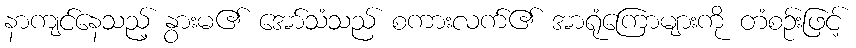
နာကျင်နေသည့် နွားမ၏ အော်သံသည် စကားလက်၏ အာရုံကြောများကို တံစဉ်းဖြင့်